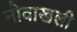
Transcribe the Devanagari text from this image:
नोवाखली